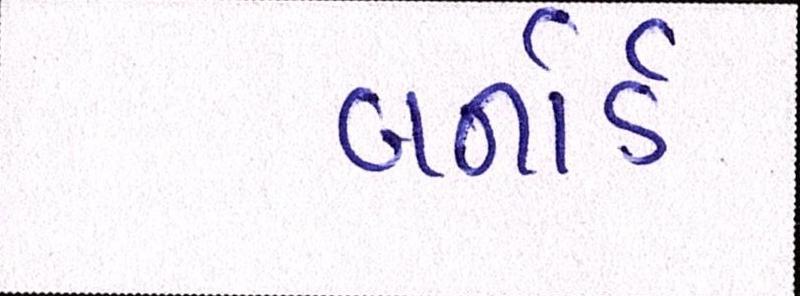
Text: બર્નાર્ડ